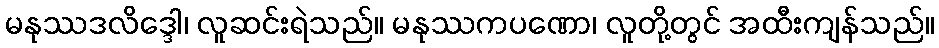
မနုဿဒလိဒ္ဒေါ၊ လူဆင်းရဲသည်။ မနုဿကပဏော၊ လူတို့တွင် အထီးကျန်သည်။